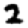
Digit: 2